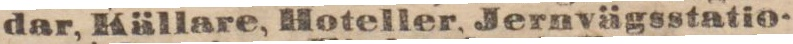
dar, Källare, Hoteller, Jernvägsstatio-